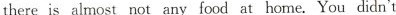
there is almost not any food at home. You didn't